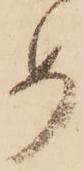
め